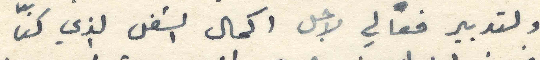
ولتدبير فعالي لاجل اكمال الشغل الذي كنّا